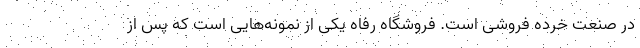
در صنعت خرده فروشی است. فروشگاه رفاه یکی از نمونه‌هایی است که پس از